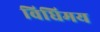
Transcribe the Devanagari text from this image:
विधिमय